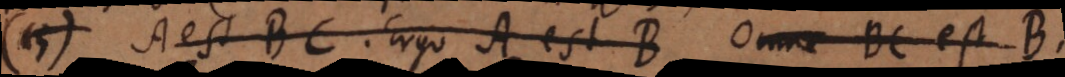
15) A est BC. Ergo A est B. Omne BC est B